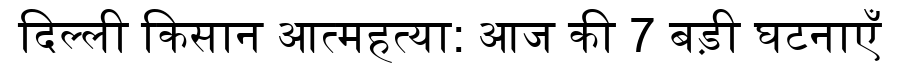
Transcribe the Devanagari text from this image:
दिल्ली किसान आत्महत्या: आज की 7 बड़ी घटनाएँ